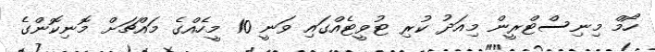
ހޯމް މިނިސްޓްރީން މިއަދު ކުރި ޓުވީޓެއްގައި ވަނީ 10 މީހެއްގެ މައްޗަށް މޮނިކޮންގެ